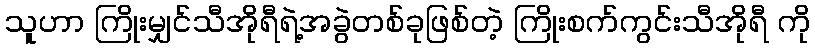
သူဟာ ကြိုးမျှင်သီအိုရီရဲ့အခွဲတစ်ခုဖြစ်တဲ့ ကြိုးစက်ကွင်းသီအိုရီ ကို